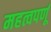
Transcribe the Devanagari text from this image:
महत्वपर्णू